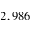
2 , 9 8 6